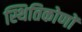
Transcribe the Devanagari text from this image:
स्थितिकोणों